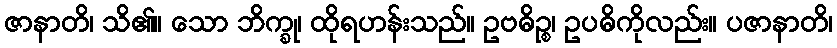
ဇာနာတိ၊ သိ၏။ သော ဘိက္ခု၊ ထိုရဟန်းသည်။ ဥဗဓိဉ္စ၊ ဥပဓိကိုလည်း။ ပဇာနာတိ၊